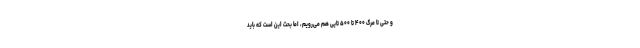
و حتی تا مرگ ۴۰۰ تا ۵۰۰ تایی هم می‌رویم، اما بحث این است که باید